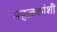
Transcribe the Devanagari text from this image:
महत्वकांशी